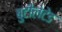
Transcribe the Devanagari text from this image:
बुटीलेटेड